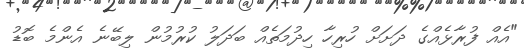
"އެއް ފުރާޅެއްގެ ދަށަށް ހުރިހާ ހިދުމަތެއް ބަދަލު ކުރުމުން ލިބޭނެ އެންމެ ބޮޑު